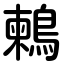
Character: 鶫